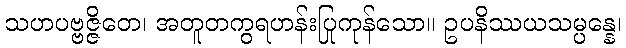
သဟပဗ္ဗဇ္ဇိတေ၊ အတူတကွရဟန်းပြုကုန်သော။ ဥပနိဿယသမ္ပန္နေ၊